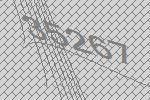
35267